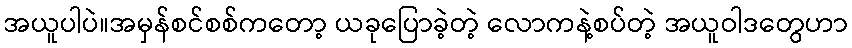
အယူပါပဲ။အမှန်စင်စစ်ကတော့ ယခုပြောခဲ့တဲ့ လောကနဲ့စပ်တဲ့ အယူဝါဒတွေဟာ